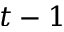
t - 1